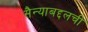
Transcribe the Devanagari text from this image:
सैन्याबद्दलची